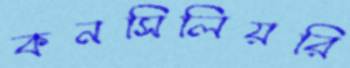
কনসিলিয়রি